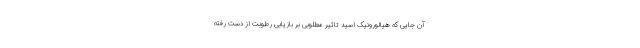
آن جایی که هیالورونیک اسید تاثیر مطلوبی بر بازیابی رطوبت از دست رفته